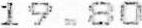
19.80